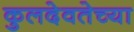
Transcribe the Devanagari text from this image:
कुलदेवतेच्या